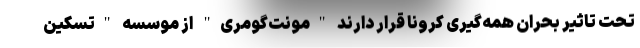
تحت تاثیر بحران همه‌گیری کرونا قرار دارند "مونت‌گومری" از موسسه "تسکین